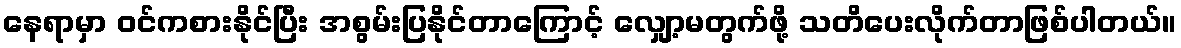
နေရာမှာ ဝင်ကစားနိုင်ပြီး အစွမ်းပြနိုင်တာကြောင့် လျှော့မတွက်ဖို့ သတိပေးလိုက်တာဖြစ်ပါတယ်။